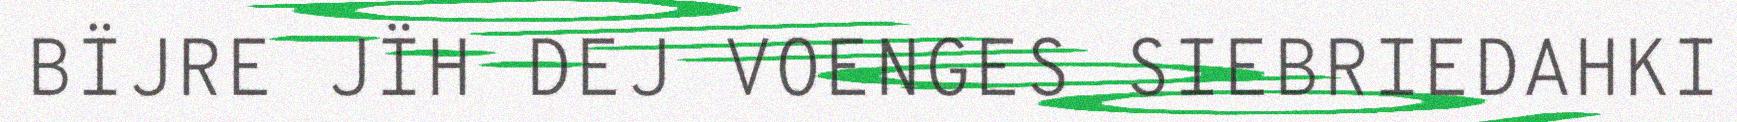
BÏJRE JÏH DEJ VOENGES SIEBRIEDAHKI